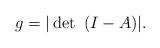
LaTeX: \begin{align*}g=|\det ~(I-A)|.\end{align*}